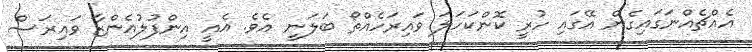
އެއްޗެއްނަގައިގެން އޭގައި ހުރީ ކޮންކަހަލަ ވައިރަހެއްތޯ ބަލަނީ އެވެ. އެއީ އިންފުލުއެންޒާ ވައިރަސް